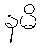
နမိ